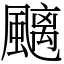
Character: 䬜